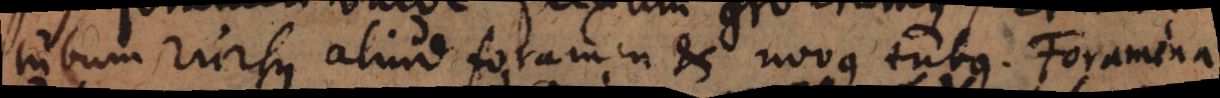
tubum rursus aliud foramen et novus tubus. Foramina